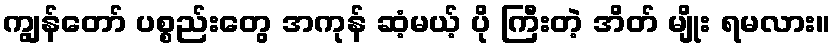
ကျွန်တော် ပစ္စည်းတွေ အကုန် ဆံ့မယ့် ပို ကြီးတဲ့ အိတ် မျိုး ရမလား။